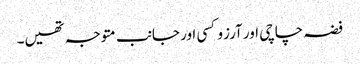
فضہ چاچی اور آرزو کسی اور جانب متوجہ تھیں۔